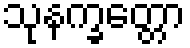
သုနက္ခတ္တော